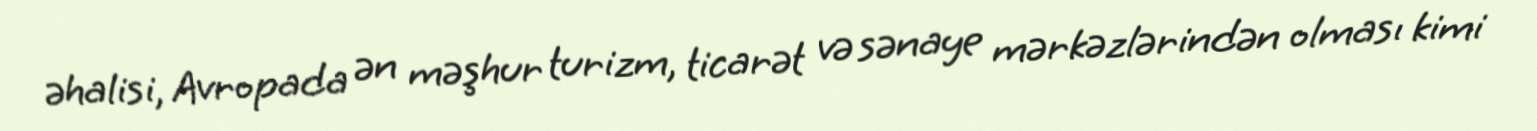
əhalisi, Avropada ən məşhur turizm, ticarət və sənaye mərkəzlərindən olması kimi